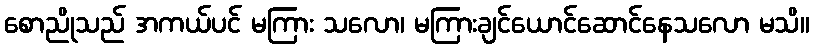
စောညိုသည် အကယ်ပင် မကြား သလော၊ မကြားချင်ယောင်ဆောင်နေသလော မသိ။